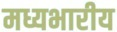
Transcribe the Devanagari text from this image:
मध्यभारीय